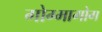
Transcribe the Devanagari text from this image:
गोग्मागोग